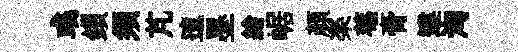
彧鎻須芃邅墨繪崌顔楽菴膏違洶